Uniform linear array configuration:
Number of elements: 32
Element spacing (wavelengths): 0.5
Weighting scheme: exponential
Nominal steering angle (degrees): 0
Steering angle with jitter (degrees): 1.627
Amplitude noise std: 0.05
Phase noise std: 0.05

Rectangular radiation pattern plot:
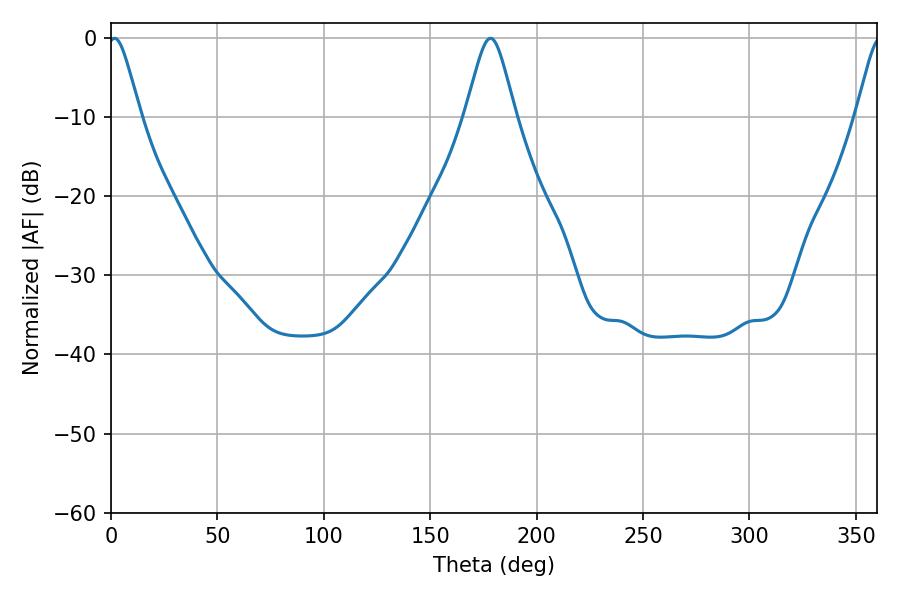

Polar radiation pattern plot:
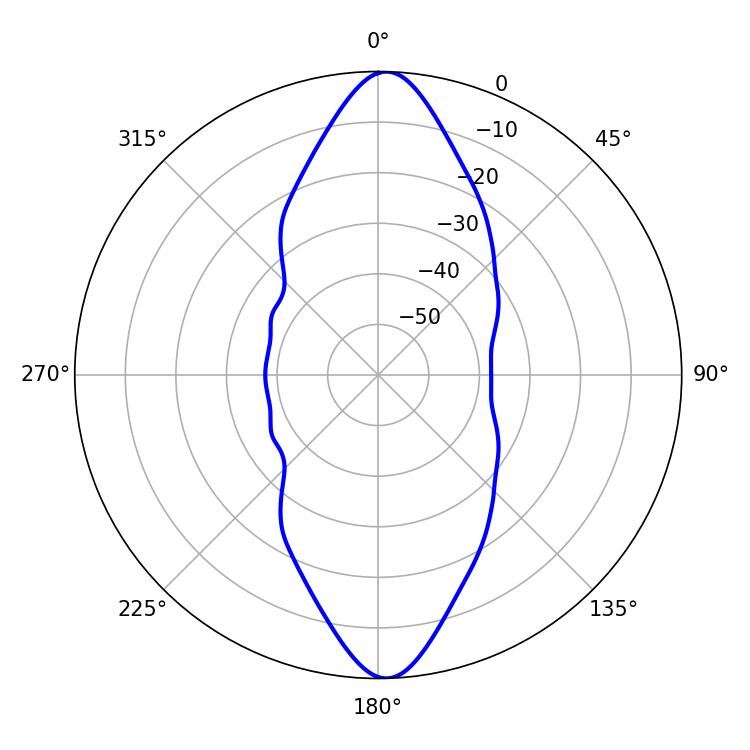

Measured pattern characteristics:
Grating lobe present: FALSE
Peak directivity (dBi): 20.93
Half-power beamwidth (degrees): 7.38
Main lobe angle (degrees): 1.62